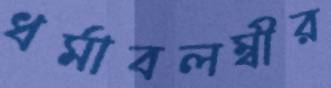
ধর্মাবলম্বীর